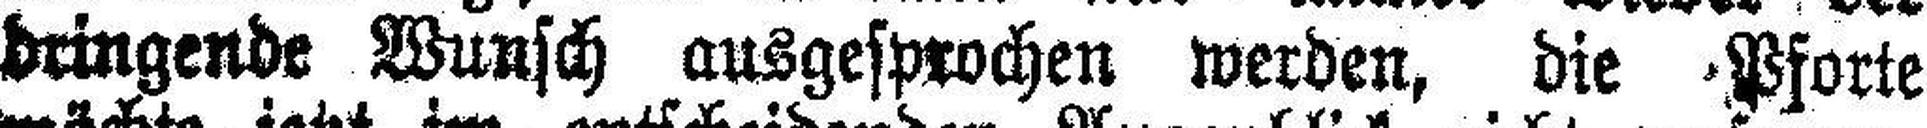
dringende Wunsch ausgesprochen werden, die Pforte